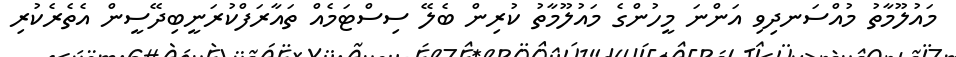
މައުލޫމާތު މުއްސަނދިވި އަންނަ މީހުންގެ މައުލޫމާތު ކުރިން ބެލޭ ސިސްޓަމެއް ތައާރަފްކުރަނީބިދޭސީން އެތެރެކުރި